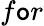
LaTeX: f\mathtt{o}r